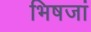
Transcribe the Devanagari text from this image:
भिषजां